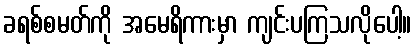
ခရစ်စမတ်ကို အမေရိကားမှာ ကျင်းပကြသလိုပေါ့။